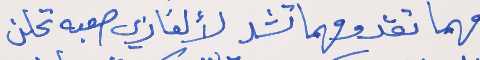
مهما تقد ومهما تشد     لألغازي صعبه تحلن